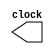
module ClockGen (clock);
	output clock;
	reg clock;
	//initializing clock by zero
	initial 
		clock = 0;
	//changing clock from zero to one each half period
	always
		#5 clock = ~clock;
endmodule